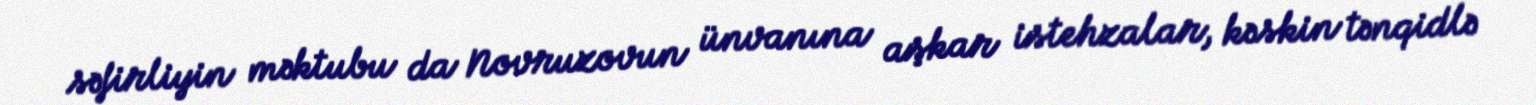
səfirliyin məktubu da Novruzovun ünvanına aşkar istehzalar, kəskin tənqidlə